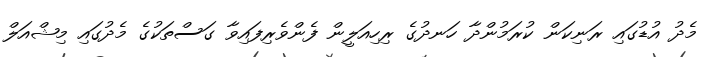
މެދު އުޑުގައި ރަނިކަން ކުރަމުންދާ ހަނދުގެ ރިހިއަލީން ފެންވެރިފައިވާ ގަސްތަކުގެ މެދުގައި މިޝްއަލް